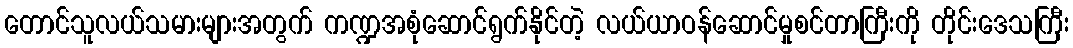
တောင်သူလယ်သမားများအတွက် ကဏ္ဍအစုံဆောင်ရွက်နိုင်တဲ့ လယ်ယာဝန်ဆောင်မှုစင်တာကြီးကို တိုင်းဒေသကြီး